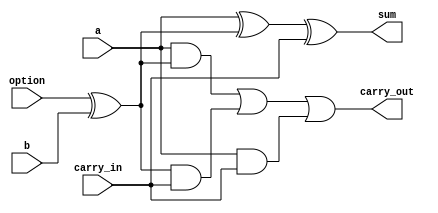
module one_bit_full_adder_subtractor (a, b, carry_in, option, sum, carry_out);

   input wire a;
   input wire b;
   input wire carry_in;
   input wire option;
   
   output wire sum;
   output wire carry_out;

   assign sum =  a ^ (option^b) ^ carry_in;
   assign carry_out = (a & (option^b)) | ((option^b) & carry_in) | (a & carry_in);

endmodule